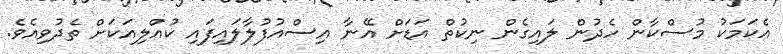
އެކަމަކު މުސްކާން ހެދުން ލައިގެން ނިކުތް އަޑަށް އޭނާ އިސްއުފުލާލައިފައި ކުއްލިއަކަށް ތެދުވިއެވެ.